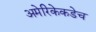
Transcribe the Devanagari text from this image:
अमेरिकेकडेच